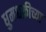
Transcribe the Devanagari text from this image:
धुमश्चक्रीच्या